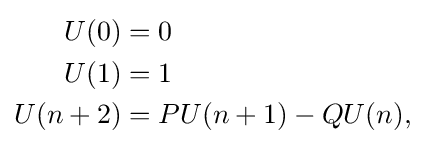
{\begin{aligned}U(0)&=0\\U(1)&=1\\U(n+2)&=PU(n+1)-QU(n),\end{aligned}}